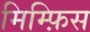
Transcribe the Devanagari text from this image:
मिम्फ़िस